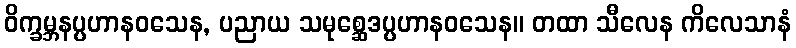
ဝိက္ခမ္ဘနပ္ပဟာနဝသေန, ပညာယ သမုစ္ဆေဒပ္ပဟာနဝသေန။ တထာ သီလေန ကိလေသာနံ